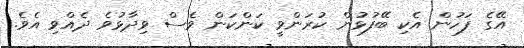
އޭގެ ފަހުން އެކި ބޭފުޅުން ކުރަންވީ ކަންކަން ވެސް ވިދާޅުވެ ދެއްވި އެވެ.